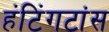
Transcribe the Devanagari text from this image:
हंटिंगटांस